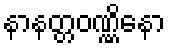
နာနတ္တဝဏ္ဏိနော